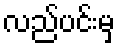
လည်ပင်းမှ